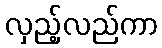
လှည့်လည်ကာ